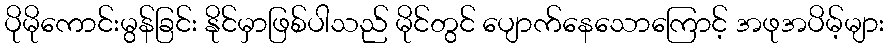
ပိုမိုကောင်းမွန်ခြင်း နိုင်မှာဖြစ်ပါသည် မိုင်တွင် ပျောက်နေသောကြောင့် အဖုအပိမ့်များ